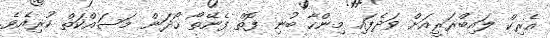
އެރިކް ލައިބްރަރީއަށް ވަދެފައި މިންހާ ބުނި ފޮތް ފެނޭތޯ ހޯދަން މަސައްކަތް ކުރިއެވެ.